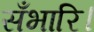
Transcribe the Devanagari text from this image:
सँभारि।